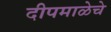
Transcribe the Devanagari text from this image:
दीपमाळेचे